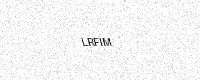
Text: LRFIM